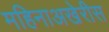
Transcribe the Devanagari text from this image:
महिनाअखेरीस